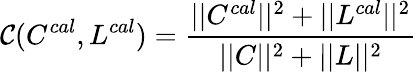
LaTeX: \mathcal{C}(C^{cal},L^{cal})=\frac{||C^{cal}||^{2}+||L^{cal}||^{2}}{||C||^{2}+||L||^{2}}